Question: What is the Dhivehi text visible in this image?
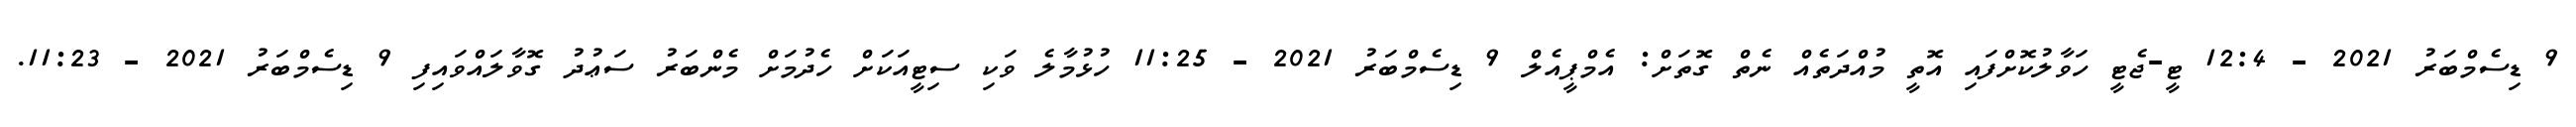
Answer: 9 ޑިސެމްބަރު 2021 - 12:4 ޓީ-ޖެޓީ ހަވާލުކޮށްފައި އޮތީ މުއްދަތެއް ނެތް ގޮތަށް: އެމްޕީއެލް 9 ޑިސެމްބަރު 2021 - 11:25 ހުޅުމާލެ ވަކި ސިޓީއަކަށް ހެދުމަށް މެންބަރު ސަޢުދު ގޮވާލައްވައިފި 9 ޑިސެމްބަރު 2021 - 11:23.